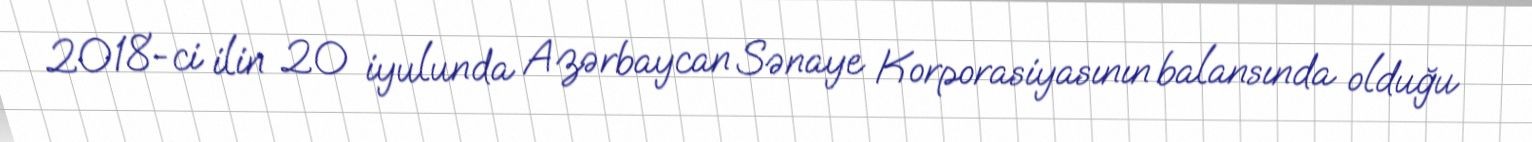
2018-ci ilin 20 iyulunda Azərbaycan Sənaye Korporasiyasının balansında olduğu